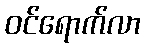
ဝင်ရောက်လာ